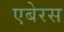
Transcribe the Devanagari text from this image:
एबेरस